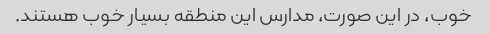
خوب، در این صورت، مدارس این منطقه بسیار خوب هستند.